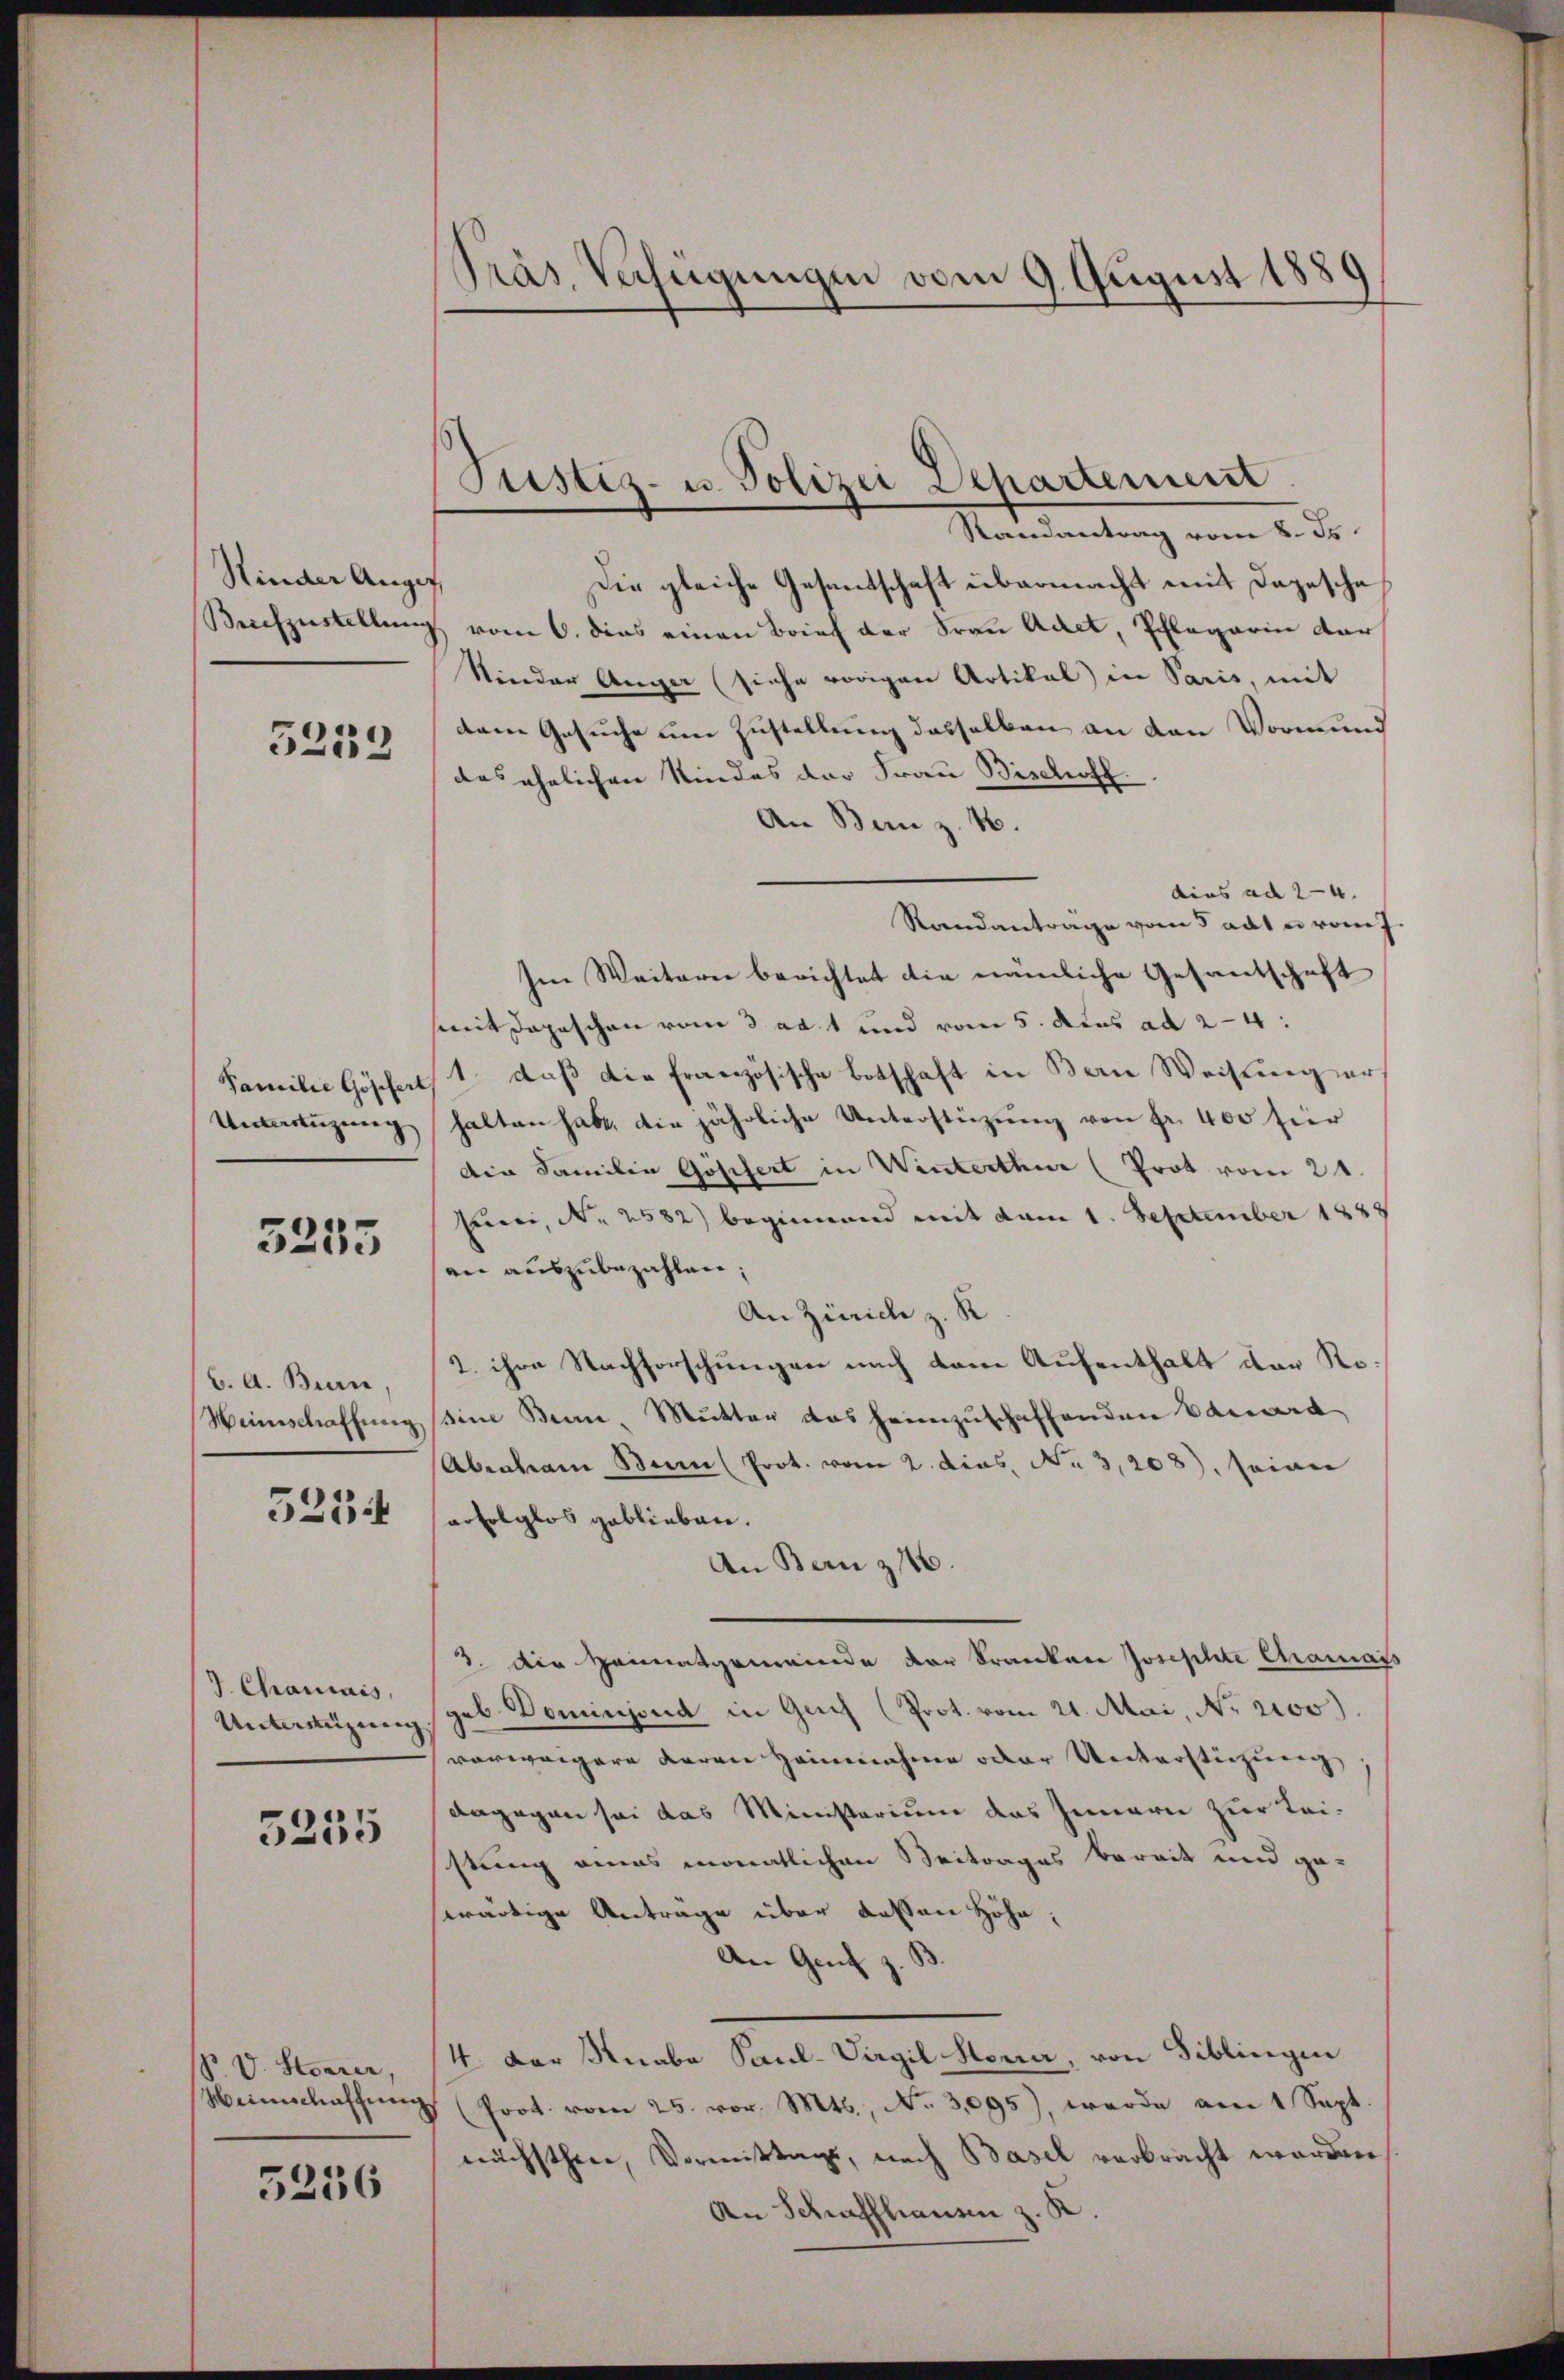
Hinder Augus
Brchzustellung

5239

Familie Göpfert
Untenzung

5255

b. A. Bern,
Weinschaffung.

5254

J. Chamais,
Unterenzung

5255

P. V. Storrer,
Weinschaffung

5236

Präs. Verfügungen vom 9. August 1889

Justiz- u. Polizei Departement.

Randantrag vom 8. ds.
Die gleiche Gesantschaft übermacht mit Depesche
vom 6. dies einen Brief der Frau Adel, Pflegerin dar
Nieder Anger (siehe vorigen Artikal in Paris, mit
dem Gesuche um Zustellung desselben an den Vormun
das ehelichen Kindes der Frau Bischoff
An Bern z. B.
dius ad 24. |
Randantrage vom 5 adte vom J.
Im Weitern berichtet die nämliche Gesantschaft
mit Depeschen vom 3. ad 1 und vom 5. Aus ad 24:
1. daß die französische Botschaft in Bern Weisung erhalten habe, die jährliche Unterstüzung von fr. 400 für
die Familie Gosifert in Winterthur (Prot vom 24.
Puri, Nr. 2582) beginnend mit vom 1. September 1889
an auszubezahlen;
An Zürich z. K
2. ihre Nachforschungen nach dem Aufenthalt der Rossine Beine Mutter das heimzuschaffenden Eduard
Abraham Bem (Prot. vom 2. dies, No 3,208), seiner
erfolglos geblieben.
An Bern z
3. Die Heimatgemeinde der Kranken Josephte Chamais
geb. Dominjond in Genf (Prot. vom 21. Mai, Nr. 2000).
vorweigere deren Heinnahme oder Unterstüzung
dagegen sei das Ministerium das Innern zur Leistung eines monatlichen Beitrages bereit und ge-
swärtige Anträge über dessen Höhe,
An Genf z. B
4. Der Knabe Paul-Virgil Hora, von Biblingen
" (Prot. vom 25. vor. Mts., Nr. 3,095), werde am 1 Sept.
nächsthen, Vormittags, nach Basel verbracht worden
An Schraffhausen z. K